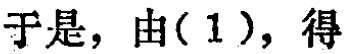
于是，由(1)，得